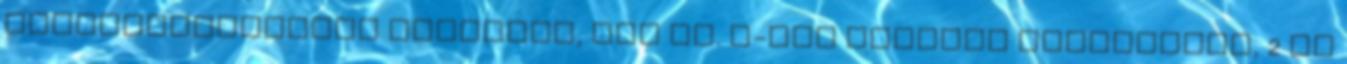
Rádiótelemetriás rendszer, ATS Co. P-III Pentium számítógép, 2 db